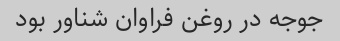
جوجه در روغن فراوان شناور بود